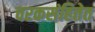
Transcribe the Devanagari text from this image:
चरकसंहितेत